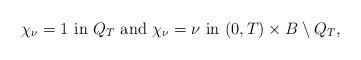
LaTeX: \begin{align*}\chi_\nu = 1 \mbox{ in } Q_T \mbox{ and } \chi_\nu = \nu \mbox{ in } (0,T) \times B \setminus Q_T ,\end{align*}